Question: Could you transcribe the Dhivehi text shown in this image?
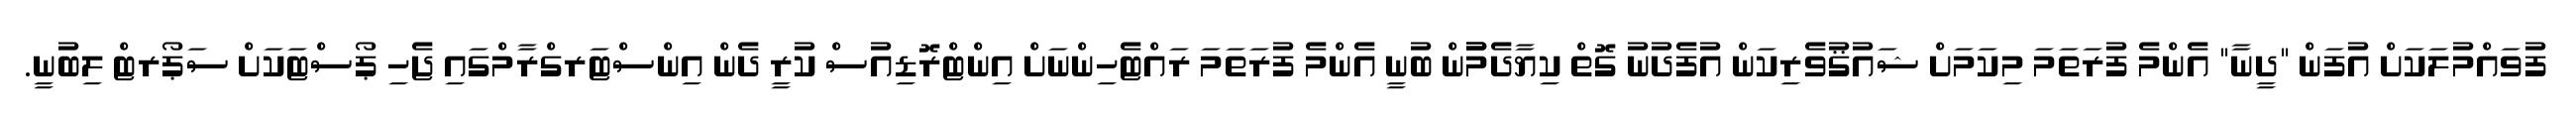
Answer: ފުވައްމުލަކަށް އުފަން "ދީނާ" އެންމެ ފުރަތަމަ މިކަމަށް ޝައުޤުވެރިކަން އުފެދުނު ގޮތް ކިޔާދެމުުން ބުނީ އެންމެ ފުރަތަމަ ރައްޓެހިންނަށް އިންޓްރޮޑިއުސް ކުރީ ދެން އިންސްޓަރގްރާމްގައި ޖެހި ޕޯސްޓަކަށް ސަޕޯރޓް ލިބުނީ.